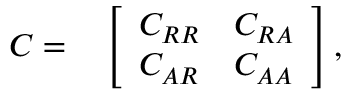
\begin{array} { r l } { C = } & { { } \left[ \begin{array} { l l } { C _ { R R } } & { C _ { R A } } \\ { C _ { A R } } & { C _ { A A } } \end{array} \right] , } \end{array}